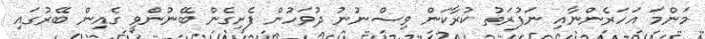
މަންމަ އަހަރެންނާއި ނަފުރަތު ކުރާކަން ވިސްނުނު ދުވަހުން ފެށިގެން ބޭނުންވީ ގެއިން ބޭރުގައި